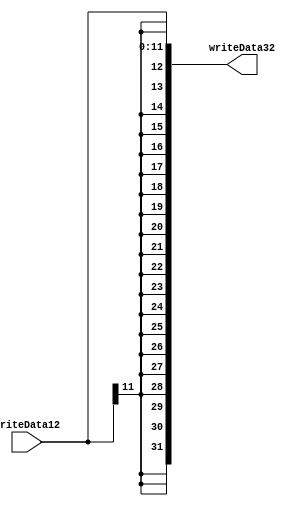
`timescale 1ns / 1ps
//////////////////////////////////////////////////////////////////////////////////
// Company: 
// Engineer: 
// 
// Design Name: 
// Module Name: sign_extender
// Project Name: 
// Target Devices: 
// Tool Versions: 
// Description: 
// 
// Dependencies: 
// 
// Revision:
// Revision 0.01 - File Created
// Additional Comments:
// 
//////////////////////////////////////////////////////////////////////////////////
module sign_extender(
    input [11:0] writeData12,
    output [31:0] writeData32
    );

assign writeData32 = {
writeData12[11],
writeData12[11],
writeData12[11],
writeData12[11],
writeData12[11],
writeData12[11],
writeData12[11],
writeData12[11],
writeData12[11],
writeData12[11],
writeData12[11],
writeData12[11],
writeData12[11],
writeData12[11],
writeData12[11],
writeData12[11],
writeData12[11],
writeData12[11],
writeData12[11],
writeData12[11],
writeData12};

endmodule